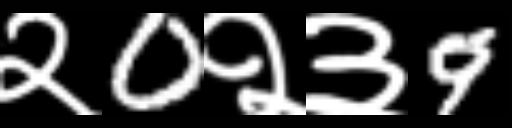
Text: २0२३9